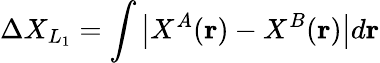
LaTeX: \Delta X_{L_{1}}=\int\big|X^{A}(\mathbf{r})-X^{B}(\mathbf{r})\big|d\mathbf{r}